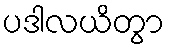
ပဒါလယိတွာ